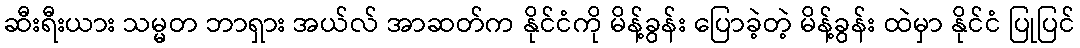
ဆီးရီးယား သမ္မတ ဘာရှား အယ်လ် အာဆတ်က နိုင်ငံကို မိန့်ခွန်း ပြောခဲ့တဲ့ မိန့်ခွန်း ထဲမှာ နိုင်ငံ ပြုပြင်